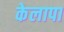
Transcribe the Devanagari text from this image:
केलापा